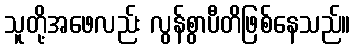
သူတို့အဖေလည်း လွန်စွာပီတိဖြစ်နေသည်။